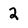
Character: 2